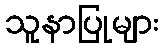
သူနာပြုများ